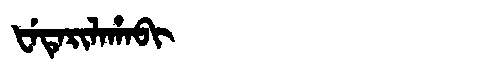
Manchu: ᡶᡝᡨᡝᡵᡳᠯᠠᡥᠠᠪᡳ
Romanization: FETERILAHABI